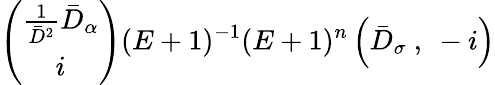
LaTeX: \left(\begin{array}{c}{{\frac{1}{\bar{D}^{2}}\bar{D}_{\alpha}}}\\ {{i}}\end{array}\right)(E+1)^{-1}(E+1)^{n}\left(\bar{D}_{\sigma}\ ,\ -i\right)